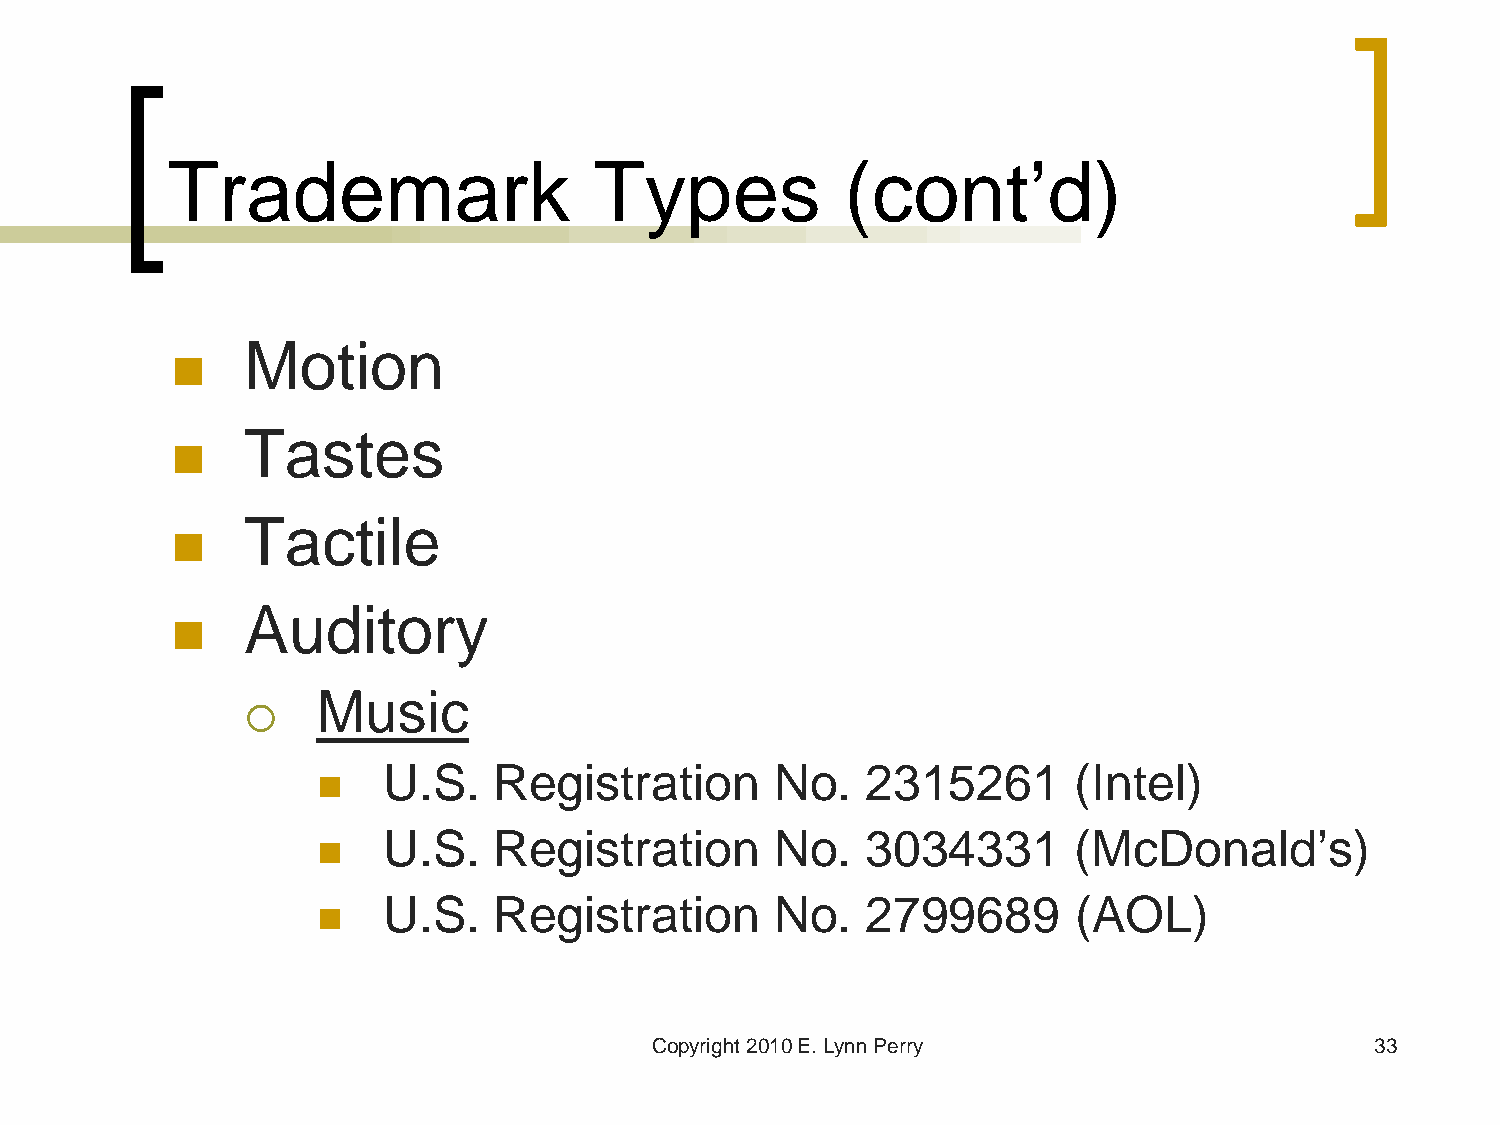
Trademark                   Types            (cont’d)
 Motion
 
 Tastes
 
 Tactile
 
 Auditory
 
 Music
 
    U.S.    Registration      No.   2315261       (Intel)
    U.S.    Registration      No.   3034331       (McDonald’s)
    U.S.    Registration      No.   2799689       (AOL)
 Copyright 2010 E. Lynn Perry                    33